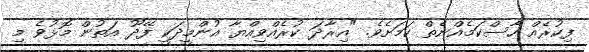
ފިކުރެއް ހާސްކަމެއްނެތް ކަމަށެވެ. "އިރާދަ ކުރެއްވިއްޔާ އުންމީދަކީ ފޭދޫ އަތުން މޮޅުވެ މި